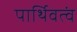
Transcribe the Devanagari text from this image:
पार्थिवत्वं